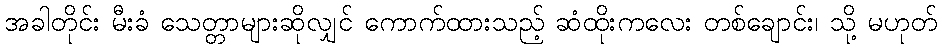
အခါတိုင်း မီးခံ သေတ္တာများဆိုလျှင် ကောက်ထားသည့် ဆံထိုးကလေး တစ်ချောင်း၊ သို့ မဟုတ်